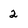
Character: 2